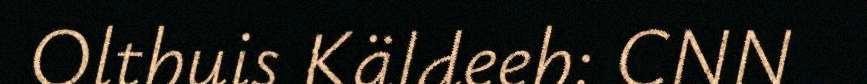
Olthuis Käldeeh: CNN